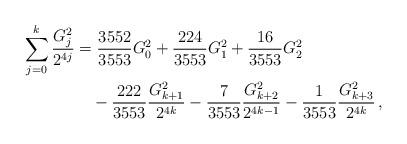
LaTeX: \begin{align*}\sum_{j = 0}^k {\frac{{G_j^2 }}{{2^{4j} }}} &= \frac{{3552}}{{3553}}G_0^2 + \frac{{224}}{{3553}}G_1^2 + \frac{{16}}{{3553}}G_2^2\\&\quad- \frac{{222}}{{3553}}\frac{{G_{k + 1}^2 }}{{2^{4k} }} - \frac{7}{{3553}}\frac{{G_{k + 2}^2 }}{{2^{4k - 1} }} - \frac{1}{{3553}}\frac{{G_{k + 3}^2 }}{{2^{4k} }}\,,\end{align*}